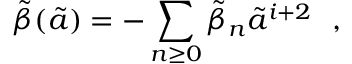
\tilde { \beta } ( \tilde { a } ) = - \sum _ { n \geq 0 } \tilde { \beta } _ { n } \tilde { a } ^ { i + 2 } ~ ~ ,